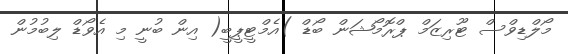
މޯލްޑިވްސް ޓޫރިޒަމް ޕްރޮމޯޝަން ބޯޑް )އެމްޓީޕީބީ( އިން ބުނީ މި އެވޯޑް ލިބުމުން